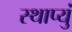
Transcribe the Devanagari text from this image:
स्थाप्युं